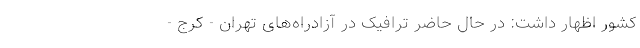
کشور اظهار داشت: در حال حاضر ترافیک در آزاد‌راه‌های تهران - کرج -